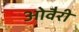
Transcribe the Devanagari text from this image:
ओवैरी